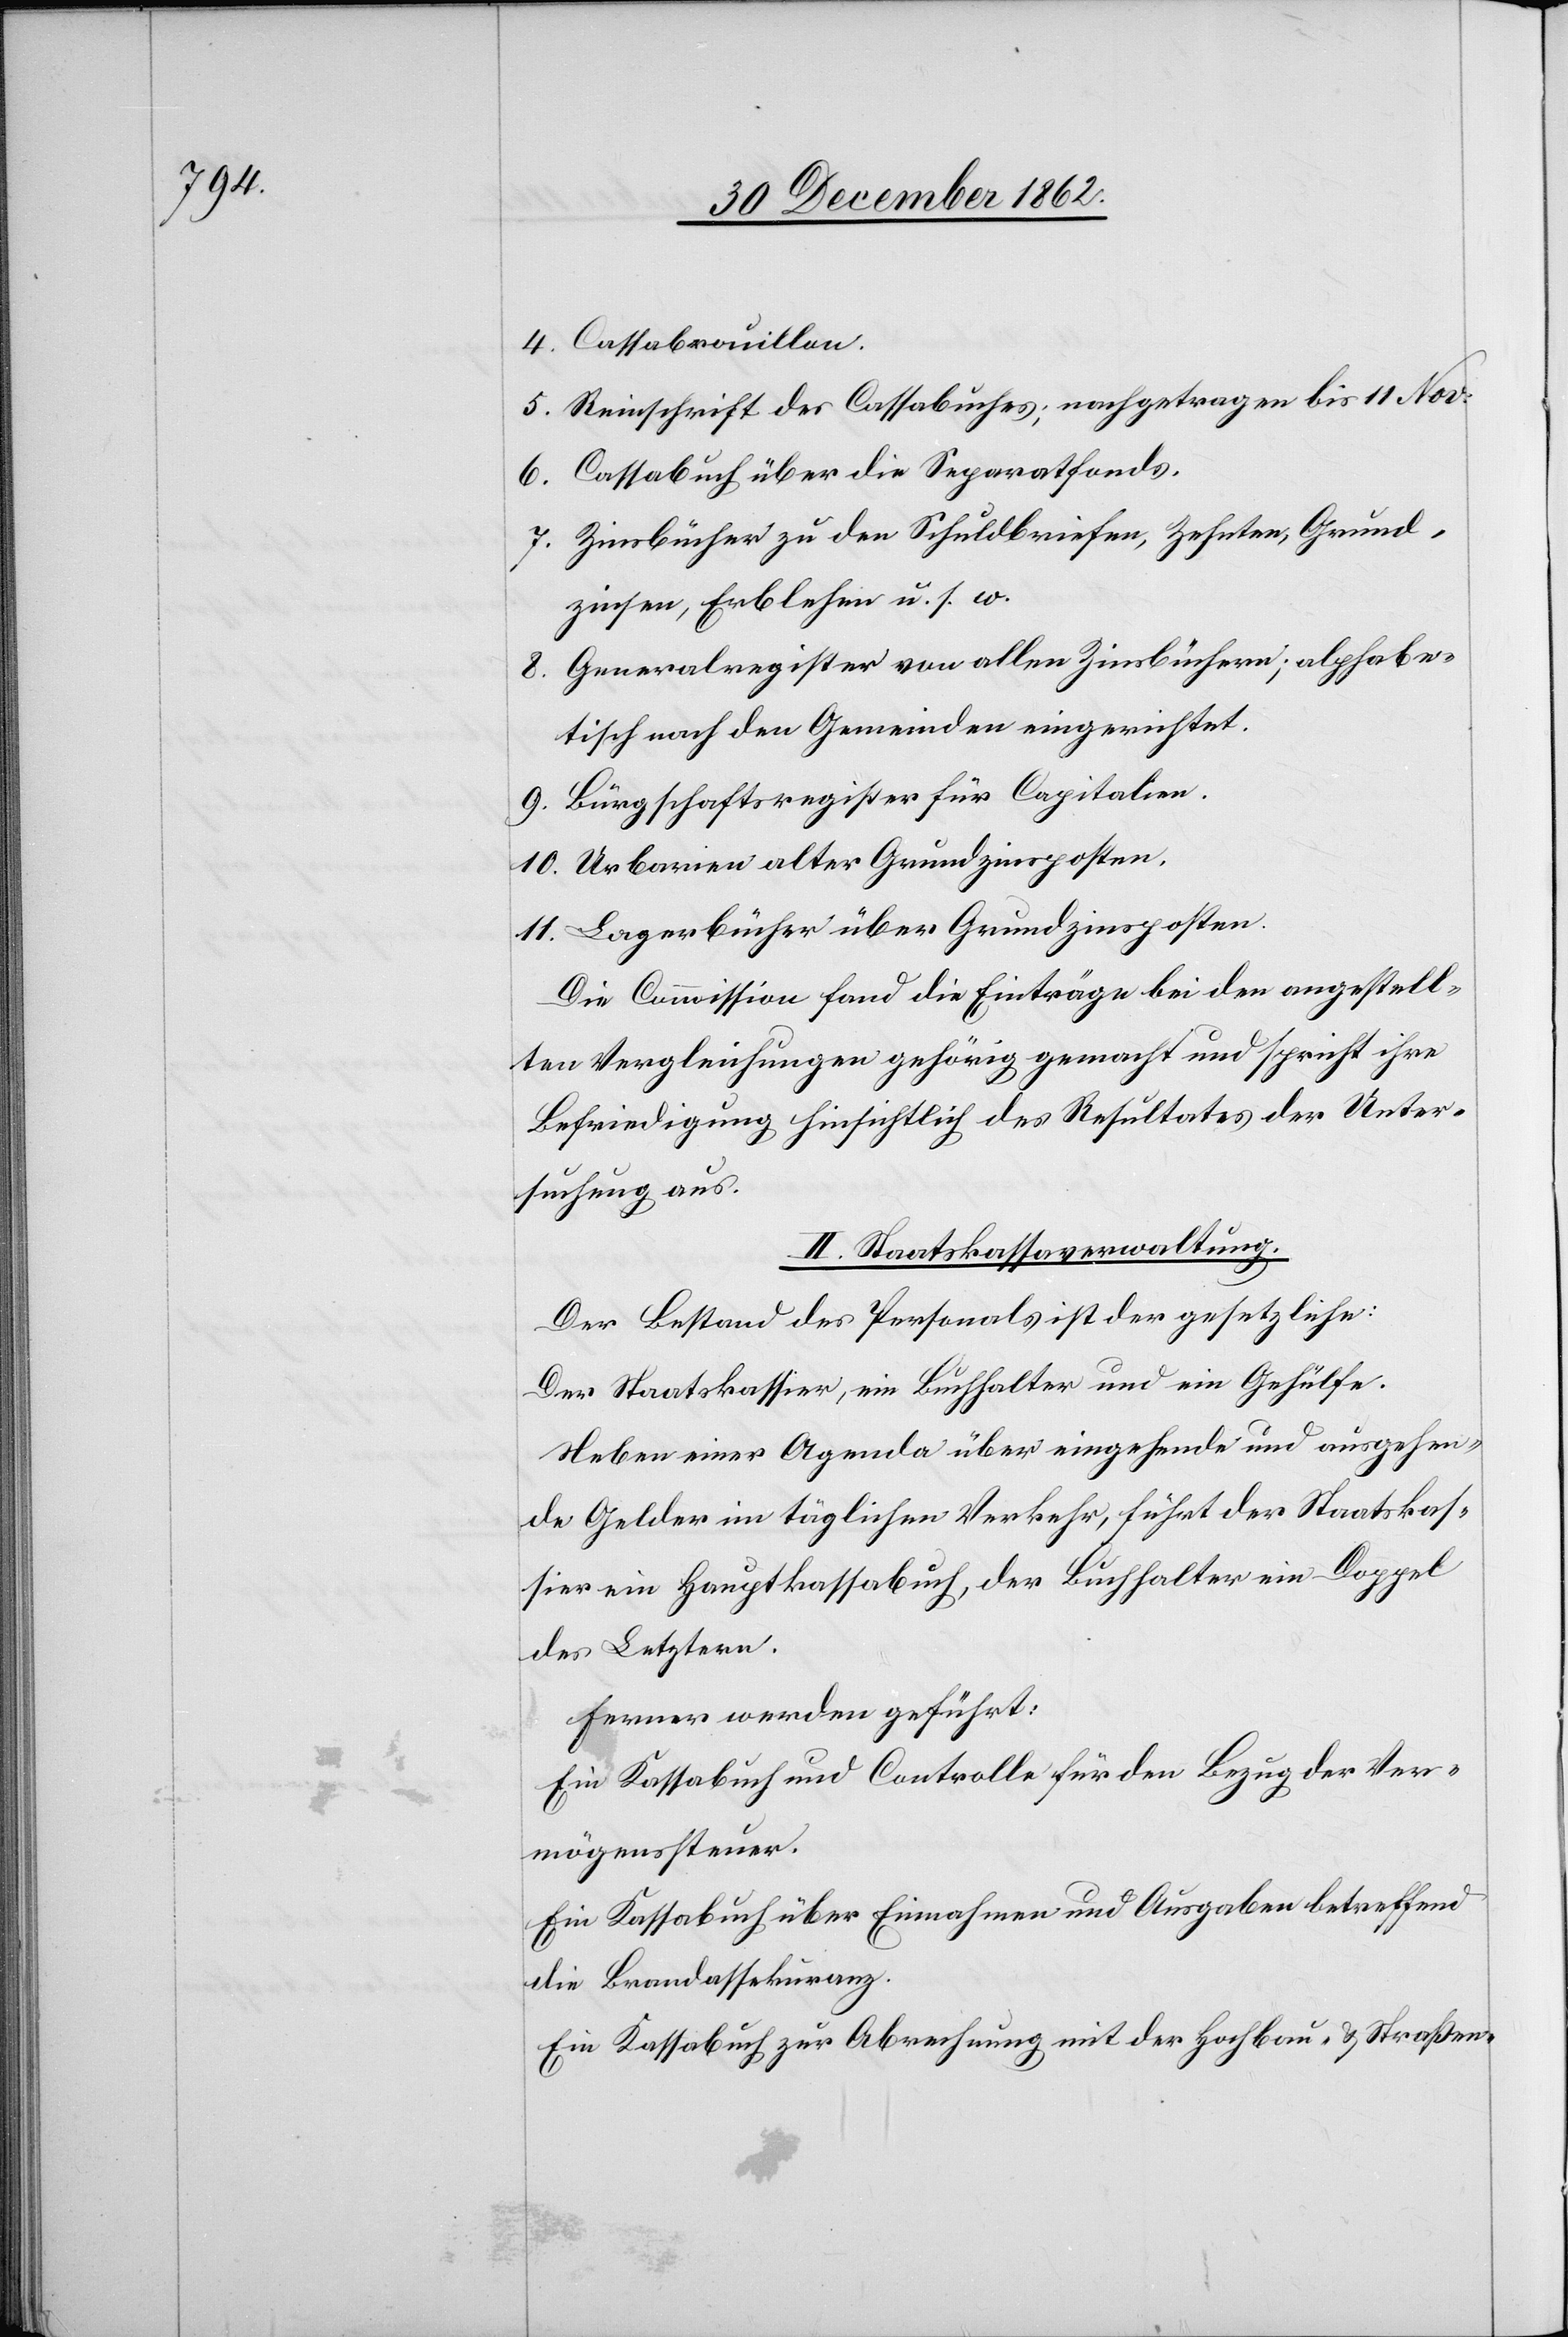
4. Cassabrouillon.
5. Reinschrift des Cassabuches; nachgetragen bis 11. Nov:
6. Cassabuch über die Separatfonds.
7. Zinsbücher zu den Schuldbriefen, Zehnten, Grund¬
zinsen, Erblehen u. s. w.
8. Generalregister von allen Zinsbüchern; alphabe¬
tisch nach den Gemeinden eingerichtet.
9. Bürgschaftsregister für Capitalien.
10. Urbarien alter Grundzinsposten.
11. Lagerbücher über Grundzinsposten.
Die Commission fand die Einträge bei den angestell¬
ten Vergleichungen gehörig gemacht und spricht ihre
Befriedigung hinsichtlich des Resultates der Unter¬
suchung aus.
II. Staatskassaverwaltung.
Der Bestand des Personals ist der gesetzliche:
Der Staatskassier, ein Buchhalter und ein Gehülfe.
Neben einer Agenda über eingehende und ausgehen¬
de Gelder im täglichen Verkehr, führt der Staatskas¬
sier ein Hauptkassabuch, der Buchhalter ein Doppel
des Letztern.
Ferner werden geführt:
Ein Kassabuch und Controlle für den Bezug der Ver¬
mögenssteuer.
Ein Kassabuch über Einnahmen und Ausgaben betreffend
die Brandassekuranz.
Ein Kassabuch zur Abrechnung mit der Hochbau- u. Straßen-